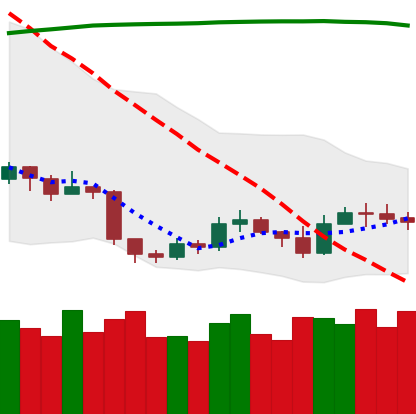
Ticker: ETH-USD
Chart end date: 2019-09-11
Forward return: 10.288%
Label: up_7plus